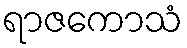
ရာဇကောသံ